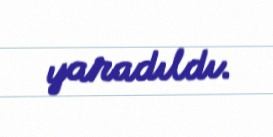
yaradıldı.